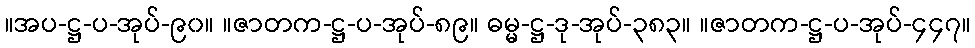
။အပ-ဋ္ဌ-ပ-အုပ်-၉၀။ ။ဇာတက-ဋ္ဌ-ပ-အုပ်-၈၉။ ဓမ္မ-ဋ္ဌ-ဒု-အုပ်-၃၈၃။ ။ဇာတက-ဋ္ဌ-ပ-အုပ်-၄၄၇။